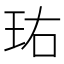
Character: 𬍘